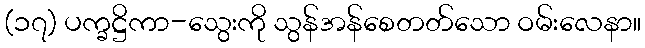
(၁၇) ပက္ခဋ္ဌိကာ-သွေးကို သွန်အန်စေတတ်သော ဝမ်းလေနာ။